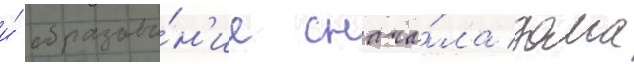
и́ образова́н'ие снача́ла дома